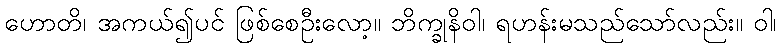
ဟောတိ၊ အကယ်၍ပင် ဖြစ်စေဦးလော့။ ဘိက္ခုနိဝါ၊ ရဟန်းမသည်သော်လည်း။ ဝါ၊